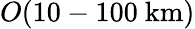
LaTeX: O(10-100~\mathrm{km})